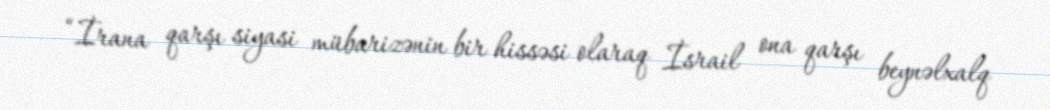
“İrana qarşı siyasi mübarizənin bir hissəsi olaraq İsrail ona qarşı beynəlxalq